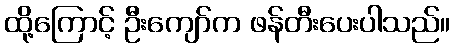
ထို့ကြောင့် ဦးကျော်က ဖန်တီးပေးပါသည်။